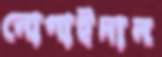
নোগাইদান